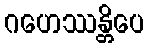
ဂဟေဿန္တိပေ